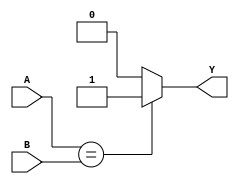
`timescale 1ns / 1ps
//////////////////////////////////////////////////////////////////////////////////
// Company: 
// 
// Design Name: 
// Module Name: xnor_gate
// Project Name: 
// Target Devices: 
// Tool Versions: 
// Description: 
// 
// Dependencies: 
// 
// Revision:
// Revision 0.01 - File Created
// Additional Comments:
// 
//////////////////////////////////////////////////////////////////////////////////


module xnor_gate(output reg Y, input A, B);
always @ (A or B) begin
   if (A == B ) begin
       Y = 1'b1;
   end
   else 
       Y = 1'b0;
end
endmodule